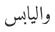
واليابس